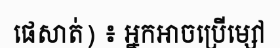
ផេសាត់) ៖ អ្នកអាចប្រើម្សៅ